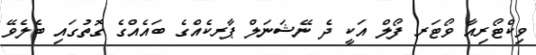
ވިކްޓޯރިއާ ވޯޓަރ ފޯލް އަކީ ދެ ނޭޝަނަލް ޕާރކެއްގެ ބައެއްގެ ގޮތުގައި ބެލެވޭ